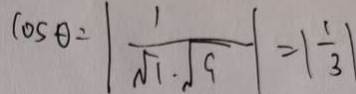
\cos \theta = \vert \frac { 1 } { \sqrt { 1 } \cdot \sqrt { 9 } } \vert = \vert \frac { 1 } { 3 } \vert